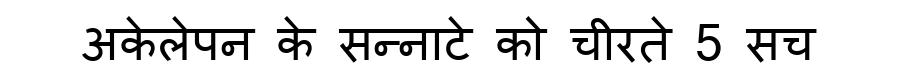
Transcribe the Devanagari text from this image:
अकेलेपन के सन्नाटे को चीरते 5 सच